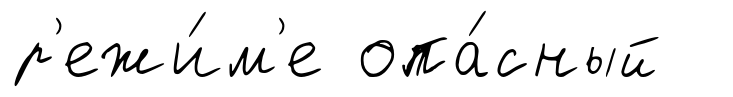
р'ежи́м'е опа́сный